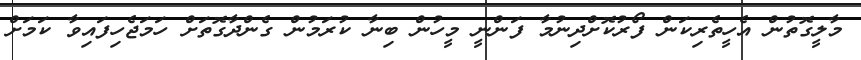
މާލީގޮތުން އެހީތެރިކަން ފޯރުކޮށްދިނުމާ ފަންނީ މީހުން ބިނާ ކުރަމުން ގެންދާގޮތަށް ހަމަޖެހިފައިވާ ކަމަށް